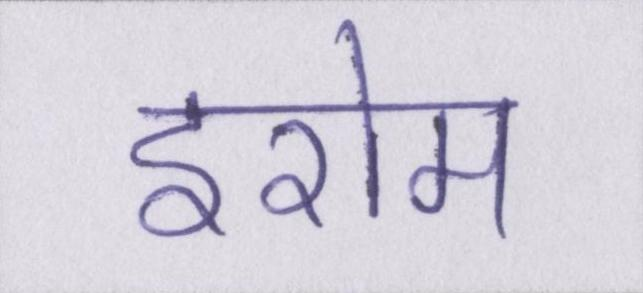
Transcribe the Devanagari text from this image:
इरोम